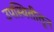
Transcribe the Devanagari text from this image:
उपस्थितीतून